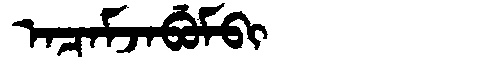
Manchu: ᠠᠴᠠᠮᠵᠠᠪᡠᠮᠪᡳ
Romanization: ACAMJABUMBI